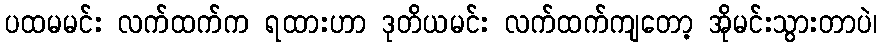
ပထမမင်း လက်ထက်က ရထားဟာ ဒုတိယမင်း လက်ထက်ကျတော့ အိုမင်းသွားတာပဲ၊